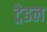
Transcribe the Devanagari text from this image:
ट्रेडल